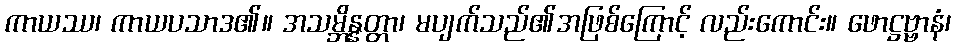
ကာယဿ၊ ကာယပသာဒ၏။ အသမ္ဘိန္နတ္တာ၊ မပျက်သည်၏အဖြစ်ကြောင့် လည်းကောင်း။ ဖောဋ္ဌဗ္ဗာနံ၊